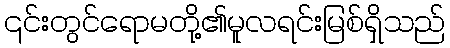
၎င်းတွင်ရောမတို့၏မူလရင်းမြစ်ရှိသည်